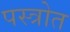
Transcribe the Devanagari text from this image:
पस्त्रोत